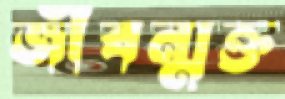
জীবন্মুক্ত